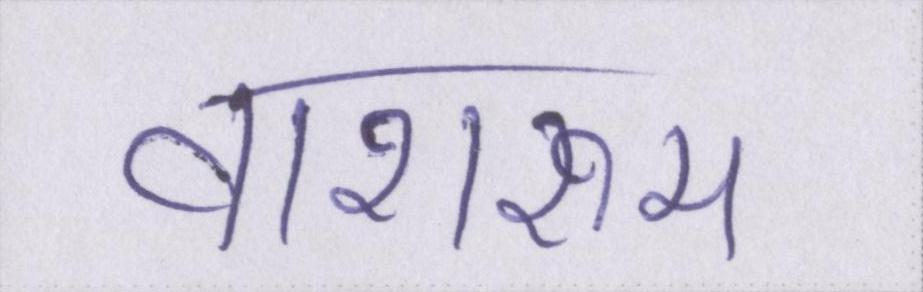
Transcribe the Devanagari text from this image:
वाशरूम